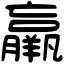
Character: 羸